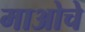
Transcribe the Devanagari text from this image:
माओचे